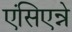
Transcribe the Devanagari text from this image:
एंसिएन्ने